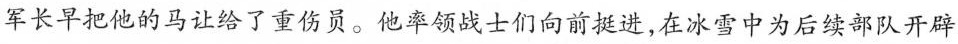
军长早把他的马让给了重伤员。他率领战士们向前挺进，在冰雪中为后续部队开辟